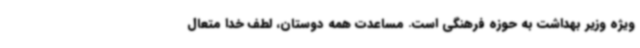
ویژه وزیر بهداشت به حوزه فرهنگی است. مساعدت همه دوستان، لطف خدا متعال